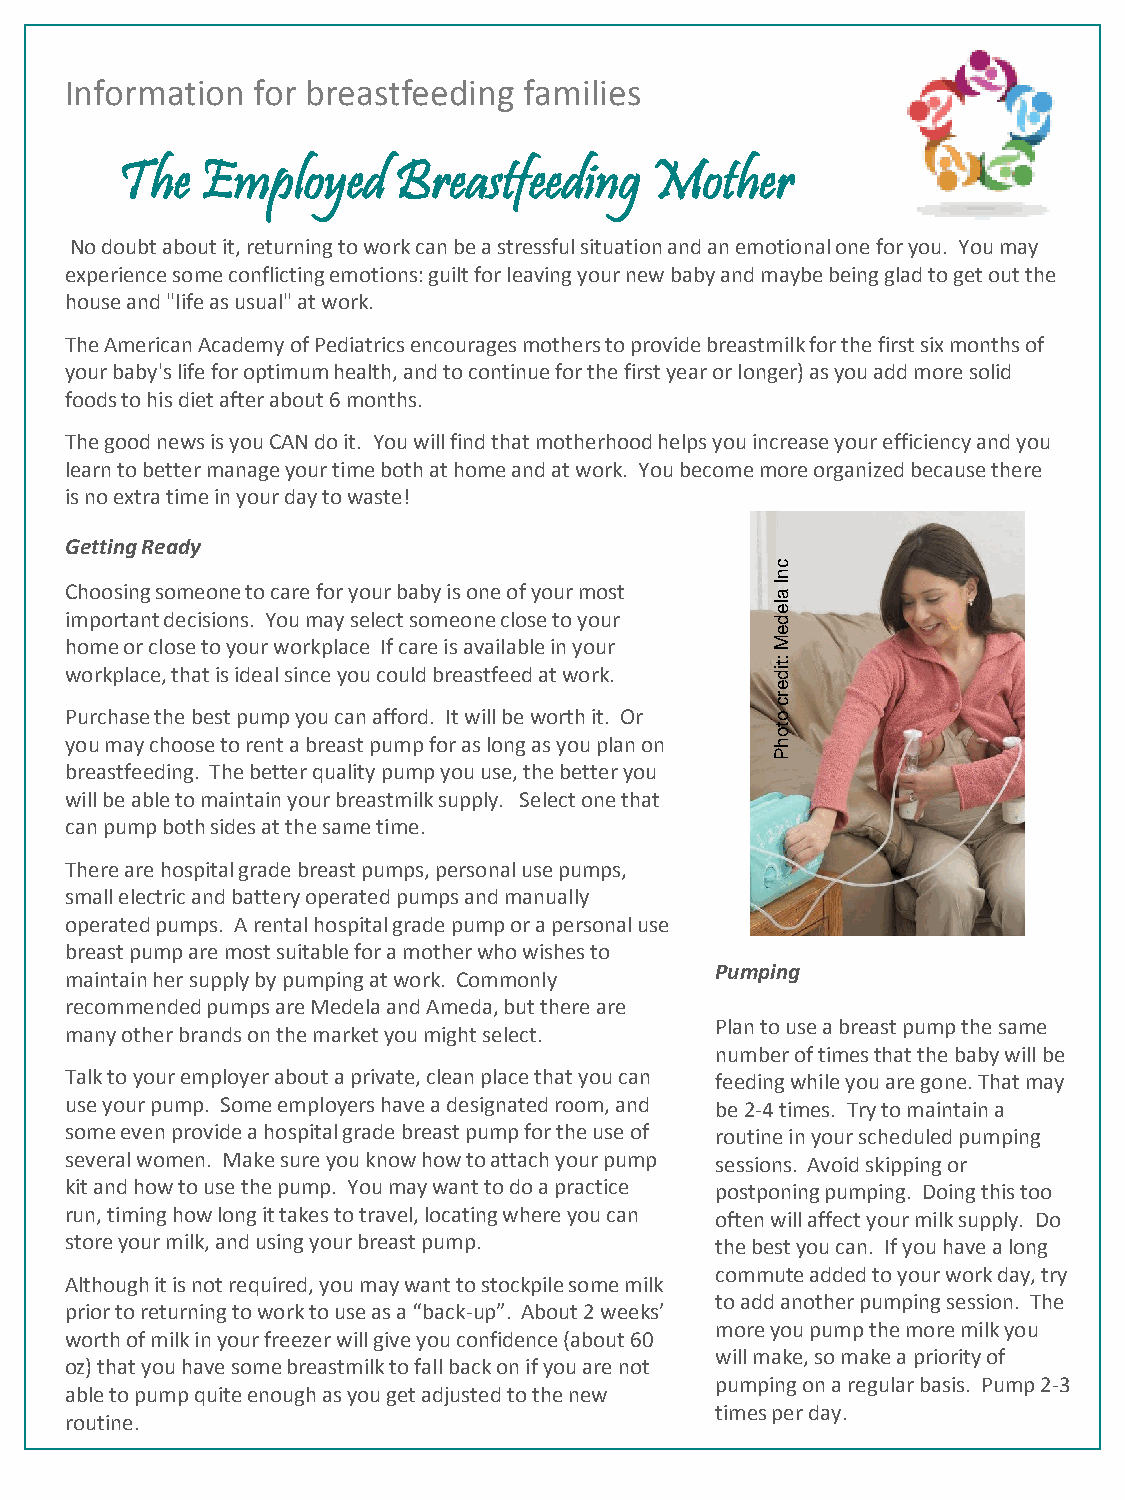
Information  for breastfeeding families
 The  Employed     Breastfeeding    Mother
 No doubt about it, returning to work can be a stressful situation and an emotional one for you. You may
 experience some conflicting emotions: guilt for leaving your new baby and maybe being glad to get out the
 house and "life as usual" at work.
 The American Academy of Pediatrics encourages mothers to provide breastmilk for the first six months of
 your baby's life for optimum health, and to continue for the first year or longer) as you add more solid
 foods to his diet after about 6 months.
 The good news is you CAN do it. You will find that motherhood helps you increase your efficiency and you
 learn to better manage your time both at home and at work. You become more organized because there
 is no extra time in your day to waste!
 Getting Ready
 c
 n
 Choosing someone to care for your baby is one of your most I
 a
 important decisions. You may select someone close to your
 le
 d
 e
 home or close to your workplace If care is available in your M
 workplace, that is ideal since you could breastfeed at work.
 :tid
 e
 r
 c
 Purchase the best pump you can afford. It will be worth it. Or o
 to
 you may choose to rent a breast pump for as long as you plan on h
 P
 breastfeeding. The better quality pump you use, the better you
 will be able to maintain your breastmilk supply. Select one that
 can pump both sides at the same time.
 There are hospital grade breast pumps, personal use pumps,
 small electric and battery operated pumps and manually
 operated pumps. A rental hospital grade pump or a personal use
 breast pump are most suitable for a mother who wishes to
 Pumping
 maintain her supply by pumping at work. Commonly
 recommended pumps are Medela and Ameda, but there are
 Plan to use a breast pump the same
 many other brands on the market you might select.
 number of times that the baby will be
 Talk to your employer about a private, clean place that you can feeding while you are gone. That may
 use your pump. Some employers have a designated room, and be 2-4 times. Try to maintain a
 some even provide a hospital grade breast pump for the use of routine in your scheduled pumping
 several women. Make sure you know how to attach your pump sessions. Avoid skipping or
 kit and how to use the pump. You may want to do a practice postponing pumping. Doing this too
 run, timing how long it takes to travel, locating where you can often will affect your milk supply. Do
 store your milk, and using your breast pump. the best you can. If you have a long
 commute added to your work day, try
 Although it is not required, you may want to stockpile some milk
 to add another pumping session. The
 prior to returning to work to use as a “back-up”. About 2 weeks’
 more you pump the more milk you
 worth of milk in your freezer will give you confidence (about 60
 will make, so make a priority of
 oz) that you have some breastmilk to fall back on if you are not
 pumping on a regular basis. Pump 2-3
 able to pump quite enough as you get adjusted to the new
 times per day.
 routine.